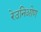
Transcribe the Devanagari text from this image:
रेउनिओण